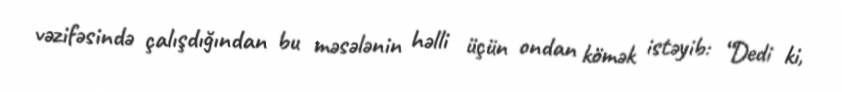
vəzifəsində çalışdığından bu məsələnin həlli üçün ondan kömək istəyib: “Dedi ki,